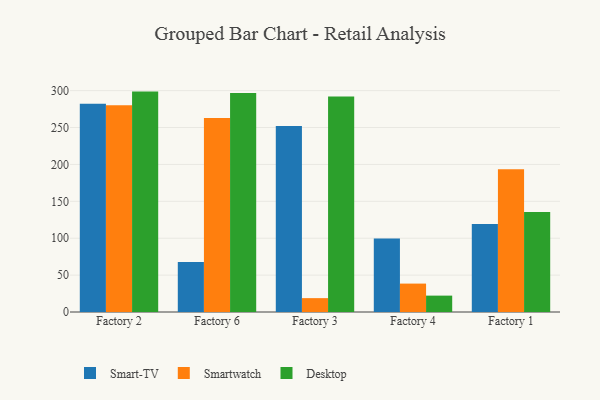
{"axis": {"x": "Factory", "y": "Bounce Rate (%)"}, "legend": ["Desktop", "Smart-TV", "Smartwatch"], "data": [{"x": "Factory 2", "y": 282.2, "type": "Smart-TV"}, {"x": "Factory 2", "y": 280.1, "type": "Smartwatch"}, {"x": "Factory 2", "y": 298.7, "type": "Desktop"}, {"x": "Factory 6", "y": 67.8, "type": "Smart-TV"}, {"x": "Factory 6", "y": 262.8, "type": "Smartwatch"}, {"x": "Factory 6", "y": 296.8, "type": "Desktop"}, {"x": "Factory 3", "y": 252.1, "type": "Smart-TV"}, {"x": "Factory 3", "y": 18.8, "type": "Smartwatch"}, {"x": "Factory 3", "y": 292.0, "type": "Desktop"}, {"x": "Factory 4", "y": 99.6, "type": "Smart-TV"}, {"x": "Factory 4", "y": 38.5, "type": "Smartwatch"}, {"x": "Factory 4", "y": 22.2, "type": "Desktop"}, {"x": "Factory 1", "y": 119.2, "type": "Smart-TV"}, {"x": "Factory 1", "y": 193.6, "type": "Smartwatch"}, {"x": "Factory 1", "y": 135.5, "type": "Desktop"}]}